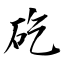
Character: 矻